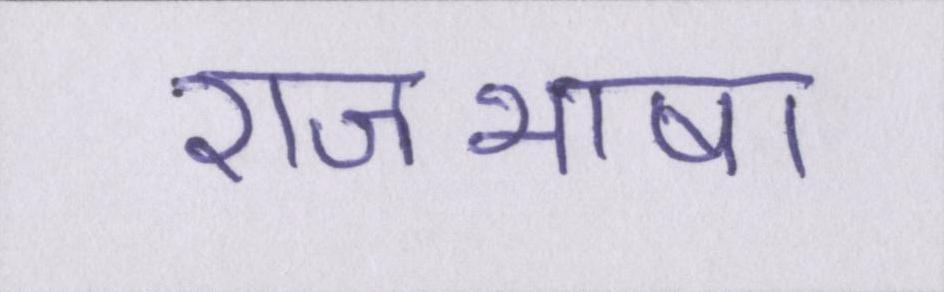
राजभाषा